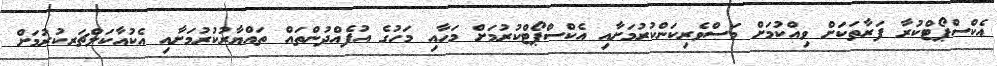
އެކްސްޕޯޓްކުރާ ފަރާތަކަށް ވިއްކުމަށް މަސްވެރިކަންކުރުމަށާއި އެކްސްޕޯޓްކުރުމަށް މަހާއި މަހުގެ އުފެއްދުންތައް ތައްޔާރުކުރުމަށާއި އެކުއާކަލްޗަރކުރުމަށް